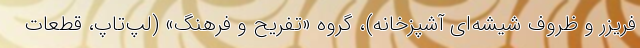
فریزر و ظروف شیشه‌ای آشپزخانه)، گروه «تفریح و فرهنگ» (لپ­تاپ، قطعات